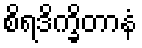
စိရဒိက္ခိတာနံ